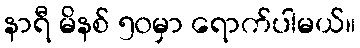
နာရီ မိနစ် ၅၀မှာ ရောက်ပါမယ်။